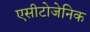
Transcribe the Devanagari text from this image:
एसीटोजेनिक